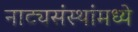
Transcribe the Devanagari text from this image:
नाट्यसंस्थांमध्ये